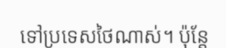
ទៅប្រទេសថៃណាស់។ ប៉ុន្តែ